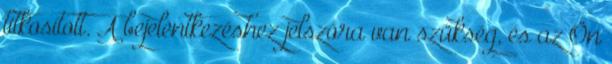
titkosított. A bejelentkezéshez jelszóra van szükség, és az Ön